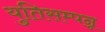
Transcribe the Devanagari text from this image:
युतिसम्पन्न